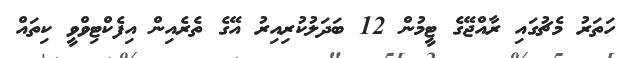
ހަތަރު މެޗުގައި ރާއްޖޭގެ ޓީމުން 12 ބަދަލުކުރިއިރު އޭގެ ތެރެއިން އިފެކްޓިވްވީ ކިތައް